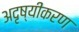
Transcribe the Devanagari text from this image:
अदृष्यीकरण